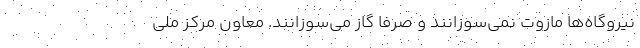
نیروگاه‌ها مازوت نمی‌سوزانند و صرفا گاز می‌سوزانند. معاون مرکز ملی